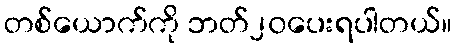
တစ်ယောက်ကို ဘတ်၂၀ပေးရပါတယ်။